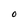
Character: 0